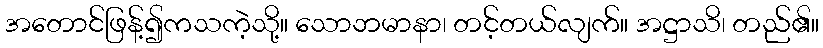
အတောင်ဖြန့်၍ကသကဲ့သို့။ သောဘမာနာ၊ တင့်တယ်လျက်။ အဋ္ဌာသိ၊ တည်၏။